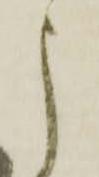
申